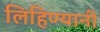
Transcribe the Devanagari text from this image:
लिहिण्यानी